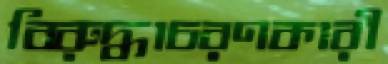
বিরুদ্ধাচরণকারী